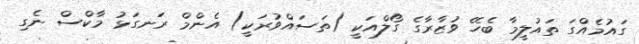
ގައުމެއްގަ ތައުލީމާ ބެހޭ ވުޒާރާގެ ގޯލްއަކީ (ތަސައްވުރަކީ) އެންމް ރަނގަޅު މާކްސް ނެގި